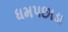
ધમપછાડા